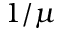
1 / \mu